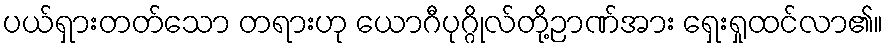
ပယ်ရှားတတ်သော တရားဟု ယောဂီပုဂ္ဂိုလ်တို့ဉာဏ်အား ရှေးရှုထင်လာ၏။